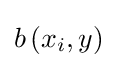
b\left(x_{i},y\right)